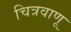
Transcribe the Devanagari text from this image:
चित्रवाणू